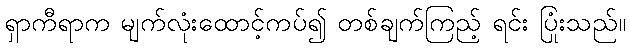
ရှာကီရာက မျက်လုံးထောင့်ကပ်၍ တစ်ချက်ကြည့် ရင်း ပြုံးသည်။